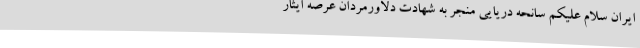
ایران سلام علیکم سانحه دریایی منجر به شهادت دلاورمردان عرصه ایثار